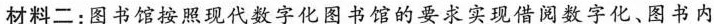
材料二：图书馆按照现代数字化图书馆的要求实现借阅数字化、图书内